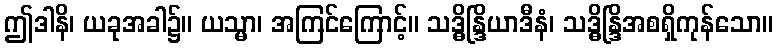
ဤဒါနိ၊ ယခုအခါ၌။ ယသ္မာ၊ အကြင်ကြောင့်။ သဒ္ဓိန္ဒြိယာဒီနံ၊ သဒ္ဓိန္ဒြိအစရှိကုန်သော။